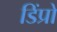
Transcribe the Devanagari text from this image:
डिंप्रो